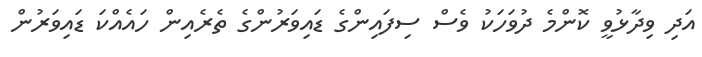
އަދި ވިދާޅުވީ ކޮންމެ ދުވަހަކު ވެސް ސިފައިންގެ ޑައިވަރުންގެ ތެރެއިން ހައެއްކަ ޑައިވަރުން